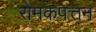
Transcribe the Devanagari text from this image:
रोमकपत्तन